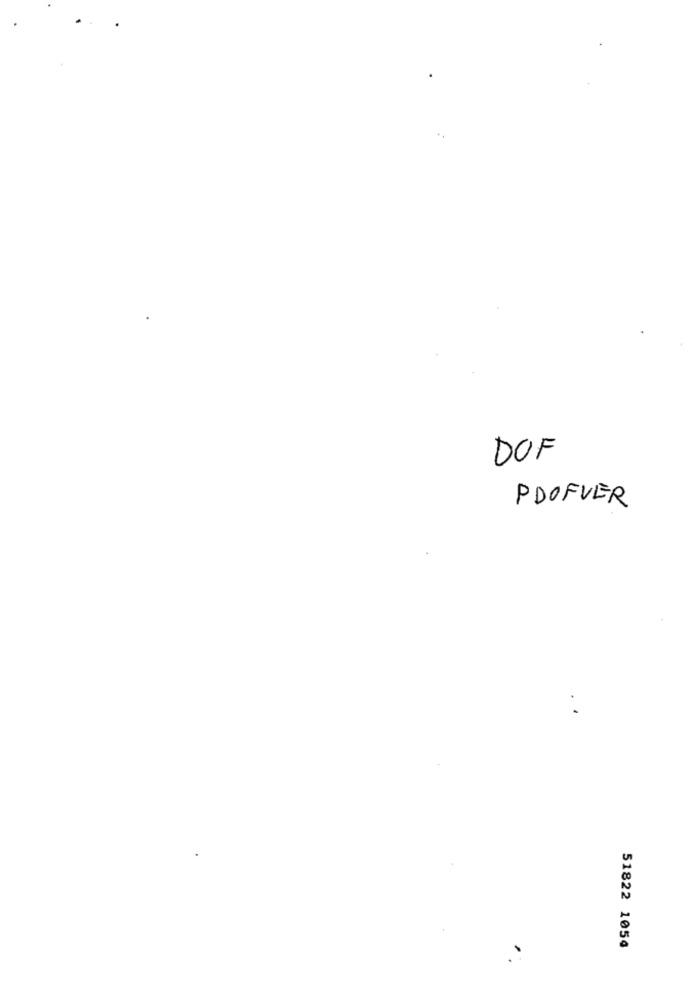
DOF
PDOFVER
51822 1054